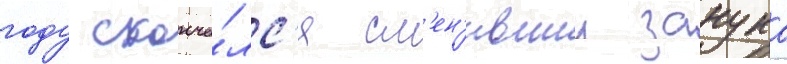
году сконча́лс'я см'ен'ившии занука